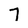
Character: 7